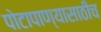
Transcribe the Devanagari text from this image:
पोटापाण्यासाठीच